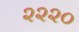
૨૨૨૦